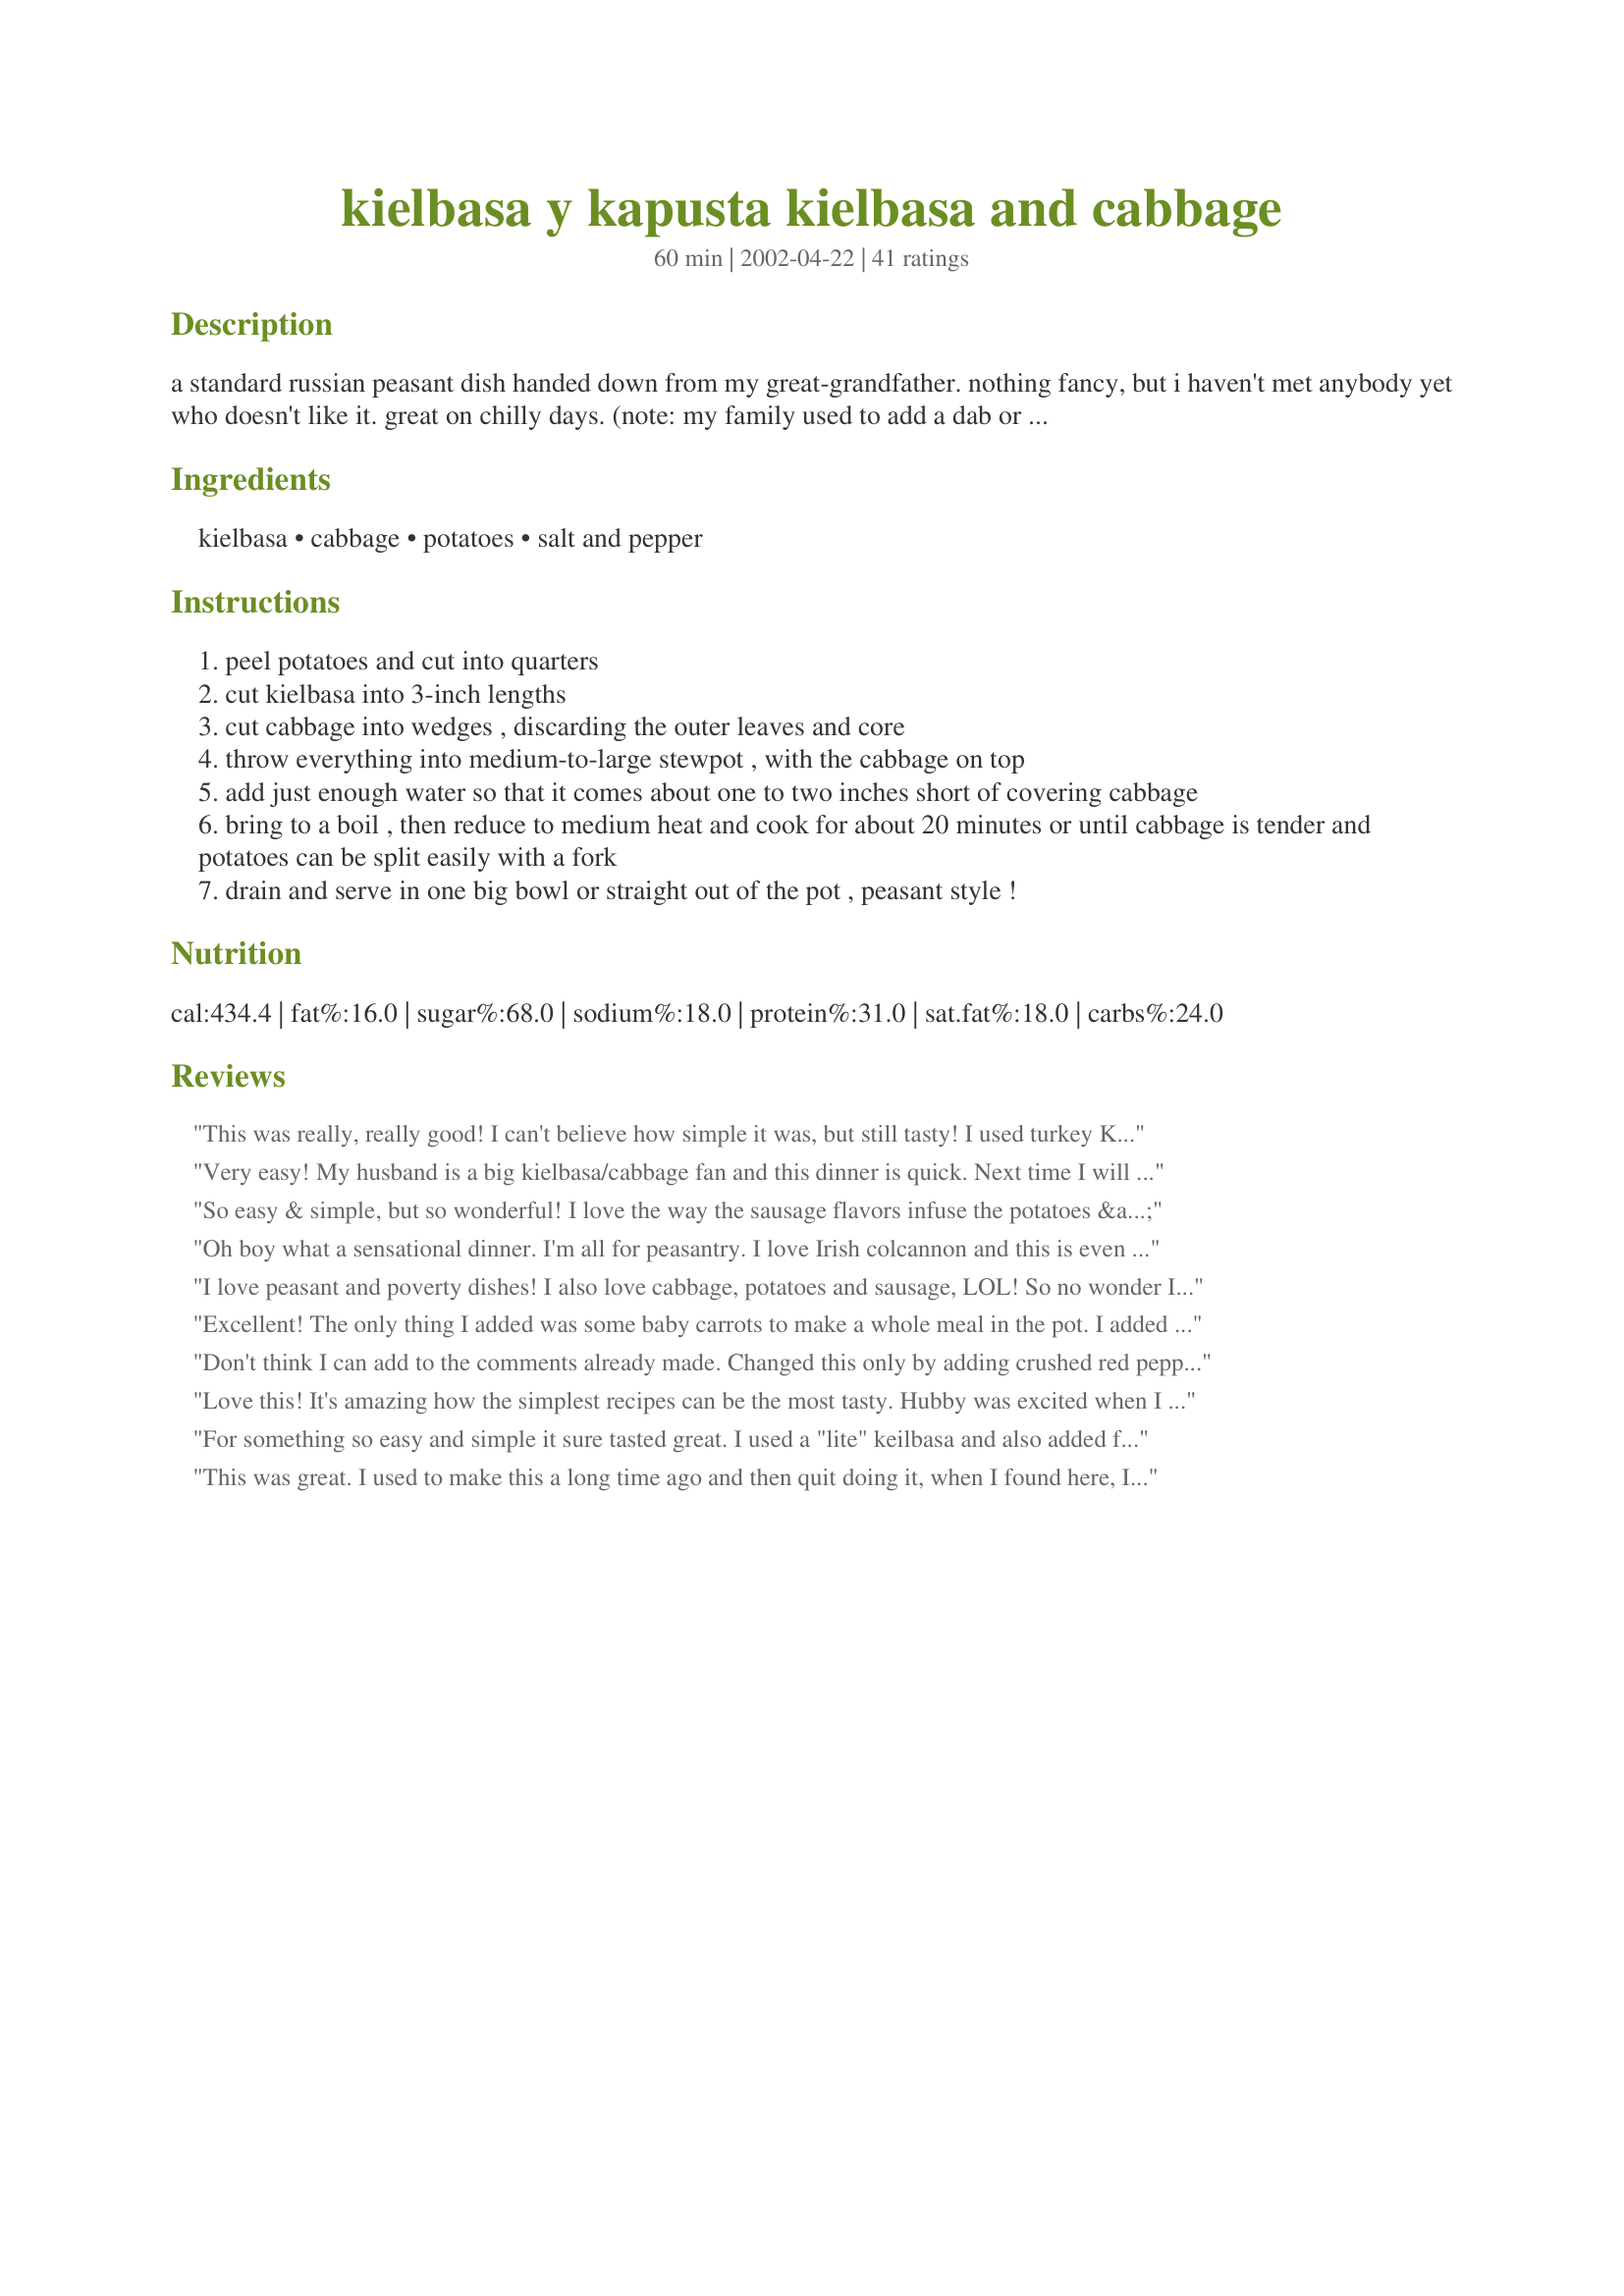
kielbasa y kapusta kielbasa and cabbage
Preparation time: 60 minutes

a standard russian peasant dish handed down from my great-grandfather. nothing fancy, but i haven't met anybody yet who doesn't like it. great on chilly days. (note: my family used to add a dab or two of butter to their plates, but that's optional.)

Ingredients:
kielbasa, cabbage, potatoes, salt and pepper

Steps:
peel potatoes and cut into quarters
cut kielbasa into 3-inch lengths
cut cabbage into wedges , discarding the outer leaves and core
throw everything into medium-to-large stewpot , with the cabbage on top
add just enough water so that it comes about one to two inches short of covering cabbage
bring to a boil , then reduce to medium heat and cook for about 20 minutes or until cabbage is tender and potatoes can be split easily with a fork
drain and serve in one big bowl or straight out of the pot , peasant style !

Reviews:
This was really, really good! I can't believe how simple it was, but still tasty! I used turkey Kielbasa and added an onion. I was easy and delish!
Very easy! My husband is a big kielbasa/cabbage fan and this dinner is quick. Next time I will try to add an onion to the cooking, for a little bit more flavor. And a little dash of apple wine vinegar to a serving is a must with the PA Dutch ;).
So easy & simple, but so wonderful! I love the way the sausage flavors infuse the potatoes & cabbage. What an economical meal--it really stretches a little meat a long way! And it's enough to feed a small army! I'd say it makes 10 hearty servings. We ate ourselves silly and still have half of it left for lunches! I used red skinned potatoes, unpeeled, and hardwood smoked chicken sausage, but otherwise followed the recipe as written. We served it with butter, salt, & pepper on the cabbage & potatoes and stone-ground mustard with the sausages. Even my fussy 7 year old liked it and asked me to be sure to save some for his lunch!
Oh boy what a sensational dinner. I'm all for peasantry. I love Irish colcannon and this is even easier with the same fantastic taste. I used a savoy cabbage which I cut into wedges and placed on top of everything else,as per recipe. Added onion wedges (generously)and a Granny Smith apple sliced up thinly. We enjoyed fresh locally made Farmer's sausage in this. Can't forget the Dijon mustard on the side. Am keeping the cooking water (4 cups) to use as stock. Thank you SO MUCH, Molly.
I love peasant and poverty dishes! I also love cabbage, potatoes and sausage, LOL! So no wonder I like this. I also used chicken broth, yeah I know it made it less of a peasant dish, but I love veggies cooked in broth. This is a wonderful dish that gets back to the roots of what some peoples ancestors used to eat, as far as adding onions, garlic, celery, etc. I am very sure the peasants that created this dish did the same when they could, I bet they even used pork or chicken when sausage wasn't available. A very nice, warm meal indeed.
Excellent! The only thing I added was some baby carrots to make a whole meal in the pot. I added salt and pepper to the kielbasa and veggies before I added the cabbage. Served it with butter at the table and we loved it--thanks for a great easy supper. Carole in Orlando
Don't think I can add to the comments already made. Changed this only by adding crushed red pepper and onion. Very simple, very good.
Love this! It's amazing how the simplest recipes can be the most tasty. Hubby was excited when I mentioned I got the ingredients to make this again.
For something so easy and simple it sure tasted great. I used a "lite" keilbasa and also added fresh dill to the pot. Yummy!
This was great. I used to make this a long time ago and then quit doing it, when I found here, I thought, I'm tired today, this would be perfect! Kids loved it!
This was really, really good!. I added lots of pepper and salt and did the butter thing and my family loved it, I love easy, simple things that taste like much more work than it was.. I will for sure make this again.
Thank you;)
We loved this. I added some season salt and cooked the liquid off(I used a bit less) then added butter and "fried" the potatoes and cabbage....delicious. I just served this with bread and butter and a jello salad. Thank yo so much for this great meal.
I had all this leftover kielbasa in the fridge after having lunchguests but I wasn't quite sure what to do with the 2 leftover rings... until this recipe! It was absolutely terrific, despite my doubt at such a simple recipe. My hubby and 16 mo daughter loved it very much! Like other reviewers, I altered it a bit by using a 2 lb bag of saurkraut instead of wedges of cabbage and it was delicious. I simmered the sausage, potatoes, kraut and water (and plenty of salt and pepper) a little over an hour and everything was so tender and the flavors permeated throughout the entire dish. Don't hesitate to try this recipe out - you won't be disappointed! Thanks very much Molly :)
I have made this twice in two weeks now.
I am in love, love, love!
I love my New England Boiled dinner, I make with a daisy ham. What I dont love is timing when to put everything in, commiting to 2+ hours for the boiled dinner. So I only make it a few times a year. Now with this recipe.. I toss it in, check emails, set the table and done. The whole family loves it too! I use yellow Yukons with this and its perfect.
Bland. Boring. Probably should have added vinegar but at the end of the day, it's cabbage, potatoes and kielbasa.
I added veggie sausage, onions, and vinegar. Thought it was OK. Thanks for sharing!
I make this with red cabbage, add some sliced apple and a bit of red wine vinegar. Delicious.
I have been making this for over 30 years. But we eat it as an Irish Dish. We call it Boil Meal. We add a few more potatoes to it than this. And drain and add Butter and salt and pepper. It's amazing. Only way I could get the kids to eat Cabbage when they were growing up.
Molly is dead-on; this recipe is nothing fancy, but surprisingly tasty for sausage, potato and cabbage. Add on that it's the quickest, easiest (and probably the cheapest) meal I've cooked in a long time, and I will definitely make it again. I followed other reviewers suggestions and added garlic, an onion, a little chicken stock, and apple cider vinegar to the water, then served it with butter. Next time I might fry the onion, sausage and garlic for extra flavour before adding the water. Freeze the leftover broth for making soups and stocks. Enjoy!
Good comfort food! An onion was added to the potatoes and I saved that delicious broth. Each of us spooned some over the smashed potatoes on our plates, along with butter, salt and pepper...delicious!
My Ukrainian mom used make it just like this! She would use any leftovers the next day and scramble them in eggs. Real comfort food!
My family LOVED this recipe. I tweaked it a bit by adding an onion and garlic. I only used one head of cabbage and used chicken stock instead of water and I didn't drain the stock. Turned out to be a DELICIOUS stew!!!! Definitely a keeper!!!
EXCELLENT! I usually only make corned beef and cabbage for St Patty&#039;s day, but my hubby came home with a cabbage and mustard greens from the farmer&#039;s market. I had everything on hand, so I thought it would be worth a try. YUM! I only used on head of cabbage, then topped with butter, s &amp; p. I made the greens saut&eacute;ed in olive oil, garlic and shallots for a side dish. Very nice change, and the kids loved it. Thanks!
VERY good and easy! I was shocked at how flavorful it was with such simple ingredients (my kinda meal!). Used red potatoes (skins on). Didn't drain it. Used 1 head of cabbage.
This was really good. I cut the recipe down to feed just hubby & I, and I added an onion & 1 clove of minced garlic, and also cooked the whole mixture in chicken broth. We both thought it tasted great, and we can definately appreciate the fact that a meal like this does not cost much to make. Thanks for posting.
ihad this so many times growing up it is just plain comfort food for me. Yummy.
I added three or four dabs of butter to my plate, and salt and pepper like it was going out of style. I also kept most of the skin on my Yukon Gold potatoes (just because I like it). Let me tell you, those Russian peasants were on to something. Chop, chop, chop. Boil, boil, boil. Eat, drink, and be sleepy. Keep life simple. Thanks, Molly. I can't wait to try your Great-Grandfather's Beef Stroganoff!
I call this my Polish New England Boiled Dinner. LOL I make this in the same manner Molly describes with the addition of a couple peeled and quartered onion along with several carrots cut in 2-inch chunks. I also save the cooking water for soup; freezing if I will not be using it right away. Thank for sharing, Molly.
I love simple recipes like this one and this is a keeper. I cooked mine in my dutch oven on the stove top and only made two changes. I added spicy brown mustard and a bit of chicken stock to make a mustardy sauce of sorts to cook everything in. Yummy!
Very easy and simple. We added vinegar to the cabbage after it was cooked.
I also add salt, pepper and a sliced onion to the pot.
Never serve it without a basic cheese sauce ( made with Velveeta) to pour over the cabbage and a good hearty rye bread. Great on one of those bone-chilling , damp late fall nights.
Very simple and delicious! As someone else suggested, I cooked up some of the leftovers with eggs for breakfast. I took about a 1/2 cup of leftovers (just cabbage and potatoes chopped up a bit) added some salt and cooked them with an egg like a frittata for breakfast. Very tasty!
Yummy recipe. I have made this so many times since I found it. It has become one of our favorite recipes. I love that it is so easy to make with simple ingredients. I always have a head of cabbage and a ring of turkey kielbasa in the refrigerator because of this recipe. I half the recipe and added about a tablespoon of rice vinegar (I would have added red wine vinegar but I did not have any on hand). Other than that I followed the recipe exactly. My family and friends love this dish. They liked the taste and I love the ease of preparation. So little mess to clean up too. Thank you Molly.
I used half a head of green cabbage and half a head of red. I also added some coriander and peppercorns for some spiciness. The dish was a great success and everyone raved about it. I was worried that my family would consider the dish too bland but they gobbled it up and loved it.
Great. I added 1 onion sliced & cooked in chicken stock. I pulsed the leftovers in the food processor and made hash. Excellent, simple comfort food. Thank you
Easy, Fast, Delicious!!! I added a little chicken broth with the water.
We sometimes tend to forget that simple recipes can be the greatest. This is one example. Very good.
Great meal. So extremely simple and even better tasting. I added salt, pepper, and a few dashes of hot red pepper flakes. I also used smoked kielbasa. The flavor was soooooo good. This will be a regular dinner around here now. THANKS!!
My husband, a Texan, had never had fresh kielbasa, hates cabbage, and generally was sceptical. He ate it all, as did my 2 year old.
Thanks!
Very good, very simple. I used some sauerkraut instead of cabbage and it was delicous. Thanks for the recipe
